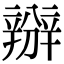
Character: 𨐰